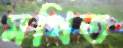
মথিত